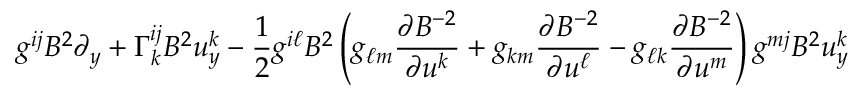
g ^ { i j } B ^ { 2 } { \partial } _ { y } + \Gamma _ { k } ^ { i j } B ^ { 2 } u _ { y } ^ { k } - \frac 1 2 g ^ { i \ell } B ^ { 2 } \left( g _ { \ell m } \frac { { \partial } B ^ { - 2 } } { { \partial } u ^ { k } } + g _ { k m } \frac { { \partial } B ^ { - 2 } } { { \partial } u ^ { \ell } } - g _ { \ell k } \frac { { \partial } B ^ { - 2 } } { { \partial } u ^ { m } } \right) g ^ { m j } B ^ { 2 } u _ { y } ^ { k }